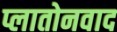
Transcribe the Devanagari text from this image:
प्लातोनवाद